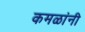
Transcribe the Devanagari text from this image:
कमळांनी